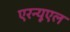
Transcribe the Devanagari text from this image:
एरन्‍यूएल